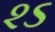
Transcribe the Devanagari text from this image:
२ऽ